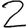
Digit: 2